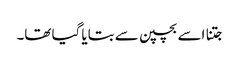
جتنا اسے بچپن سے بتایا گیا تھا۔